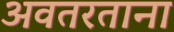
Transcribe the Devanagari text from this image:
अवतरताना